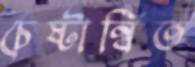
চেষ্টান্বিত